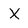
Character: X